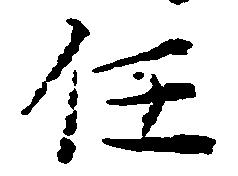
任